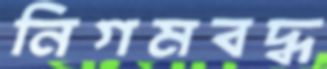
নিগমবদ্ধ